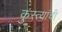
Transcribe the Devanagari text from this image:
कुस्त्यांची